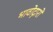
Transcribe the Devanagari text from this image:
भावोद्गारों